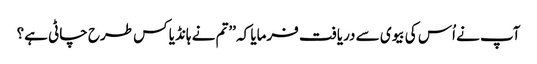
آپ نے اُس کی بیوی سے دریافت فرمایا کہ ’’تم نے ہانڈیا کس طرح چاٹی ہے؟